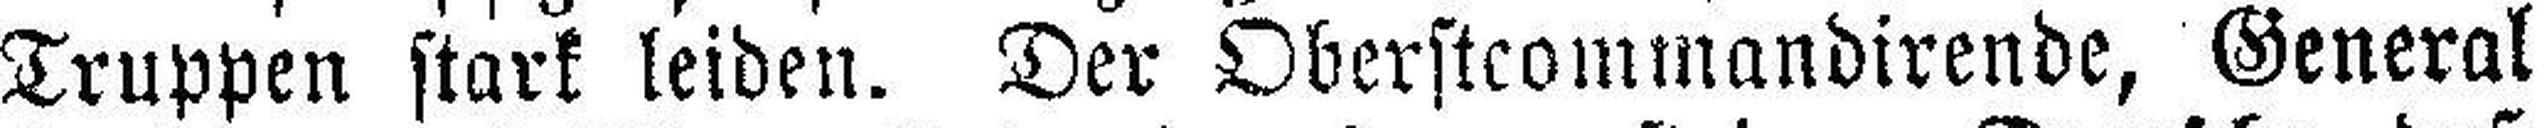
Truppen stark leiden. Der Oberstcommandirende, General